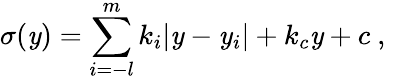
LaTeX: \sigma(\mathit{y})=\sum_{i=-l}^{m}k_{i}|\mathit{y}-\mathit{y}_{i}|+k_{c}\mathit{y}+c~,~\,